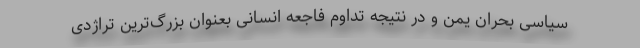
سیاسی بحران یمن و در نتیجه تداوم فاجعه انسانی بعنوان بزرگ‌ترین تراژدی